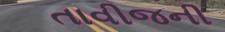
તાવીજની